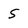
Character: 5